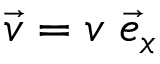
\vec { v } = v \; \vec { e } _ { x }